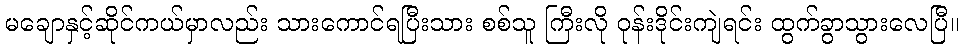
မချောနှင့်ဆိုင်ကယ်မှာလည်း သားကောင်ရပြီးသား စစ်သူ ကြီးလို ဝုန်းဒိုင်းကျဲရင်း ထွက်ခွာသွားလေပြီ။